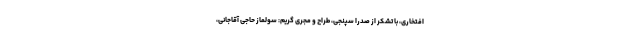
افتخاری، با تشکر از صدرا سپنجی، طراح و مجری گریم: سولماز حاجی آقاجانی،